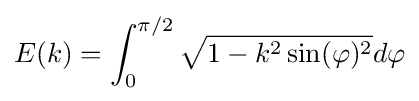
E(k)=\int _{0}^{\pi /2}{\sqrt {1-k^{2}\sin(\varphi )^{2}}}d\varphi